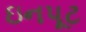
ઇનપૂટ